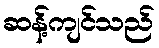
ဆန့်ကျင်သည်